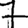
Digit: 7